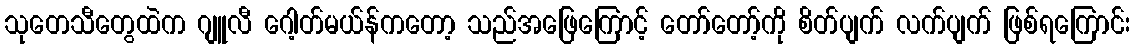
သုတေသီတွေထဲက ဂျူလီ ဂေါ့တ်မယ်န်ကတော့ သည်အဖြေကြောင့် တော်တော့်ကို စိတ်ပျက် လက်ပျက် ဖြစ်ရကြောင်း